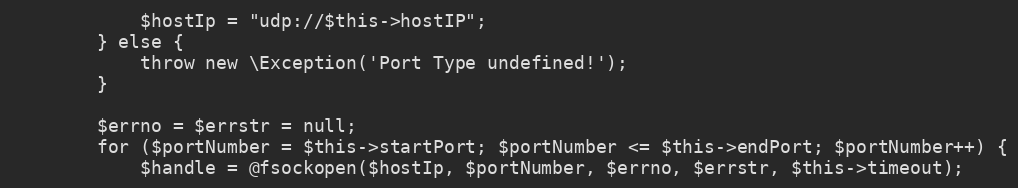
Language: PHP
            $hostIp = "udp://$this->hostIP";
        } else {
            throw new \Exception('Port Type undefined!');
        }

        $errno = $errstr = null;
        for ($portNumber = $this->startPort; $portNumber <= $this->endPort; $portNumber++) {
            $handle = @fsockopen($hostIp, $portNumber, $errno, $errstr, $this->timeout);